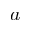
a